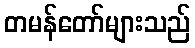
တမန်တော်များသည်